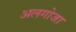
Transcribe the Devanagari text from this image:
अलगोजा